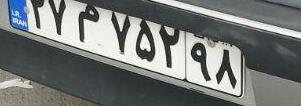
۲۷م۷۵۲۹۸